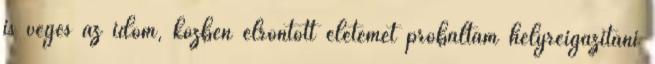
is véges az időm, közben elrontott életemet próbáltam helyreigazítani